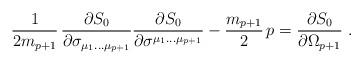
LaTeX: \begin{align*}{1\over 2 m_{p+1}}\,{ \partial S_0\over \partial \sigma_{\mu_1\dots\mu_{p+1} }} {\partial S_0\over \partial\sigma^{\mu_1\dots\mu_{p+1}}} -\frac{m_{p+1}}{2}\, p = {\partial S_0\over\partial \Omega_{p+1}}\ . \end{align*}